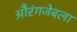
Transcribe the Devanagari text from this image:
औरंगजेबला